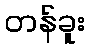
တန်ခူး